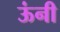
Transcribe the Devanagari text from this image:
ऊंनी